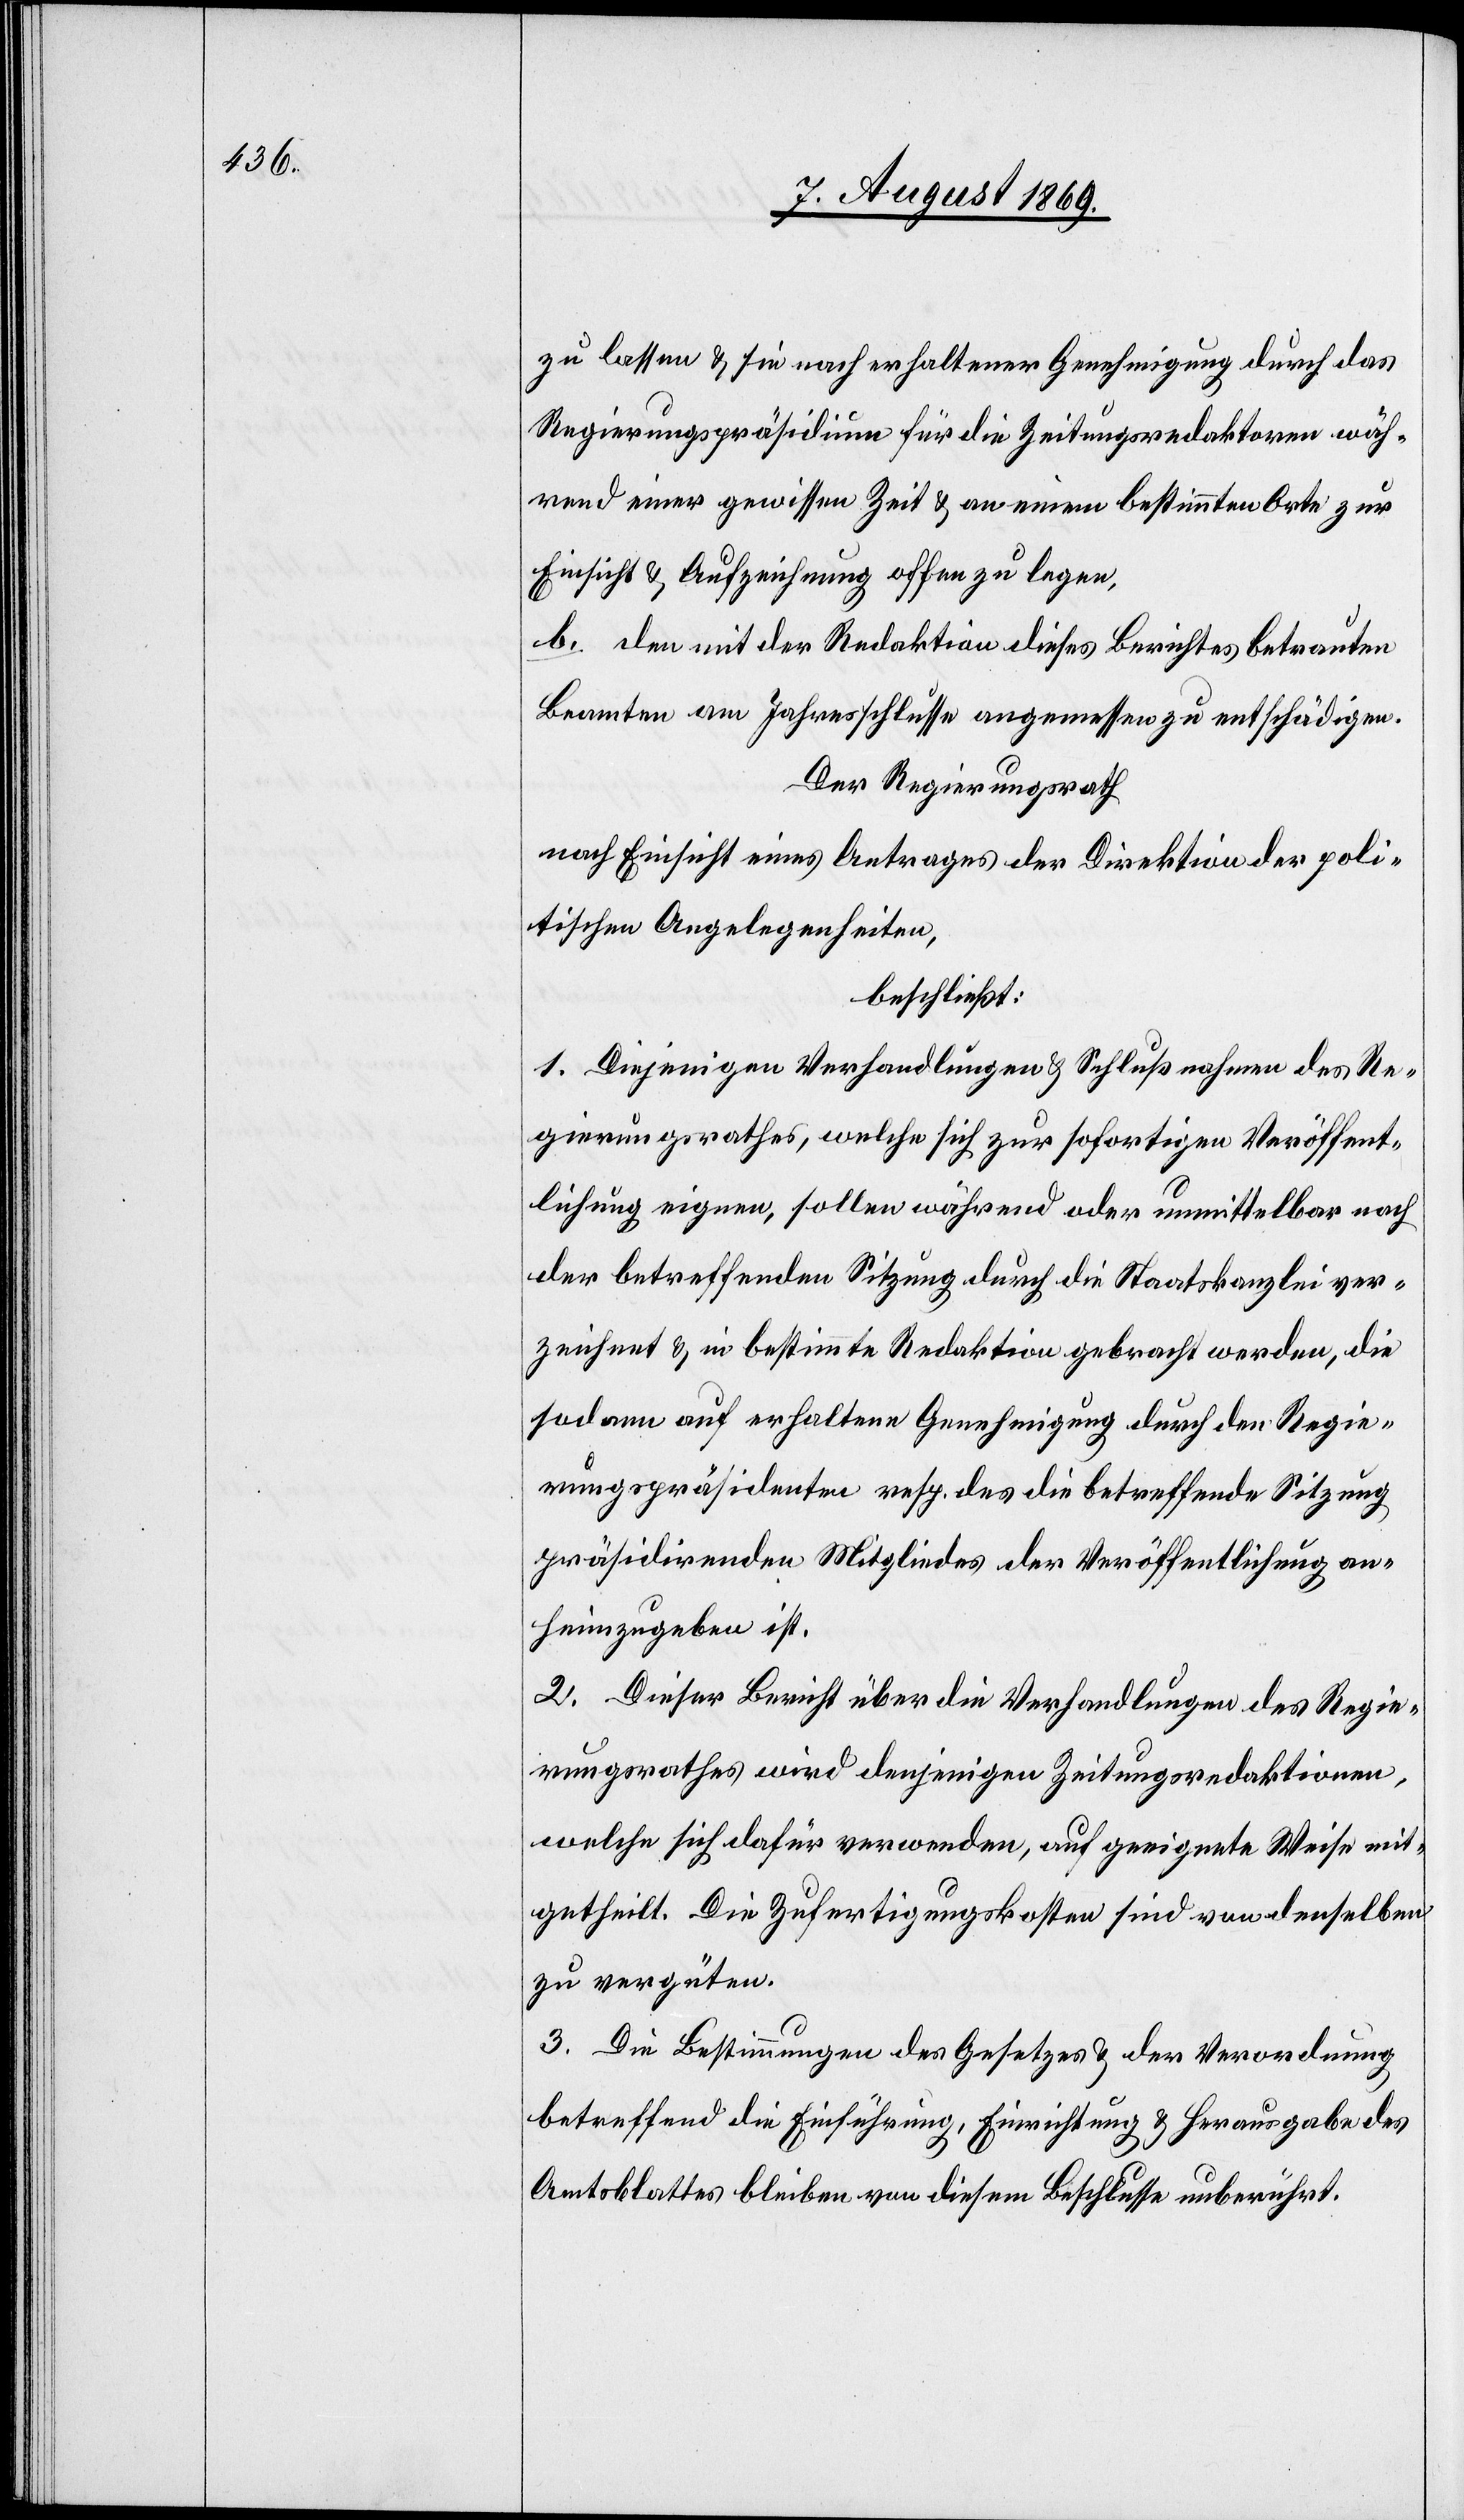
zu lassen & sie nach erhaltener Genehmigung durch das
Regierungspräsidium für die Zeitungsredaktoren wäh¬
rend einer gewissen Zeit & an einem bestimmten Orte zur
Einsicht & Auslieferung offen zu legen.
b. den mit der Redaktion dieses Berichtes betrauten
Beamten am Jahresschlusse angemessen zu entschädigen.
Der Regierungsrath
nach Einsicht eines Antrages der Direktion der poli¬
tischen Angelegenheiten,
beschließt:
1. Diejenigen Verhandlungen & Schlußnahmen des Re¬
gierungsrathes, welche sich zur sofortigen Veröffent¬
lichung eignen, sollen während oder unmittelbar nach
der betreffenden Sitzung durch die Staatskanzlei ver¬
zeichnet & in bestimmte Redaktion gebracht werden, die
sodann auf erhaltene Genehmigung durch den Regie¬
rungspräsidenten resp. des die betreffende Sitzung
präsidirenden Mitgliedes der Veröffentlichung an¬
heimzugeben ist.
2. Dieser Bericht über die Verhandlungen des Regie¬
rungsrathes wird denjenigen Zeitungsredaktionen,
welche sich dafür verwenden, auf geeignete Weise mit¬
getheilt. Die Zufertigungskosten sind von denselben
zu vergüten.
3. Die Bestimmungen des Gesetzes & der Verordnung
betreffend die Einführung, Einrichtung & Herausgabe des
Amtsblattes bleiben von diesem Beschlusse unberührt.